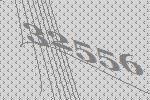
32556